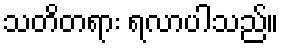
သတိတရား ရလာပါသည်။